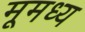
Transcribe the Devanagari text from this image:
मूमध्य